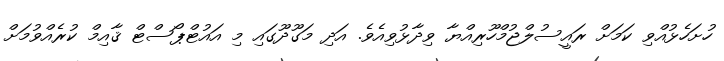
ހުށަހެޅުއްވި ކަމަށް ރައީސުލްޖުމްހޫރިއްޔާ ވިދާޅުވިއެވެ. އަދި މަގޫދޫގައި މި އައުޓްޕޯސްޓް ޤާއިމް ކުރެއްވުމަށް